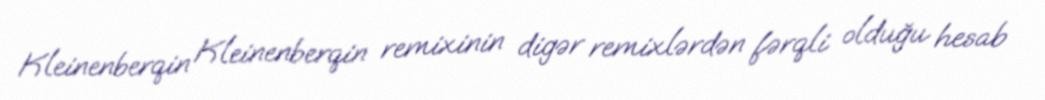
Kleinenberqin Kleinenberqin remixinin digər remixlərdən fərqli olduğu hesab